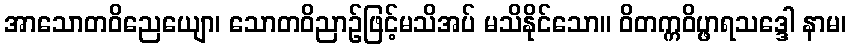
အာသောတဝိညေယျော၊ သောတဝိညာဉ်ဖြင့်မသိအပ် မသိနိုင်သော။ ဝိတက္ကဝိပ္ဖာရသဒ္ဒေါ နာမ၊